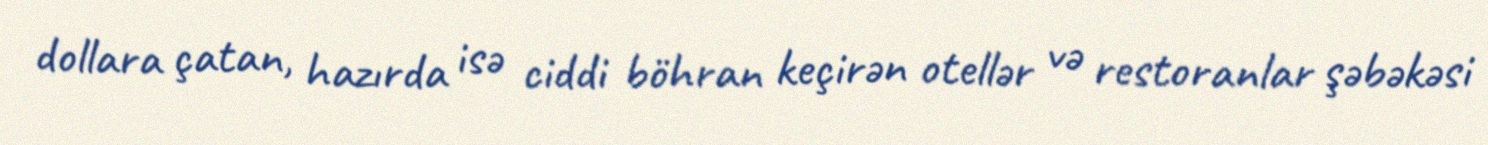
dollara çatan, hazırda isə ciddi böhran keçirən otellər və restoranlar şəbəkəsi